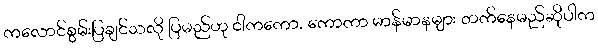
ကလောင်စွမ်းပြချင်သလို ပြမည်ဟု ငါကကော, ကောကာ မာန်မာနများ တက်နေမည်ဆိုပါက